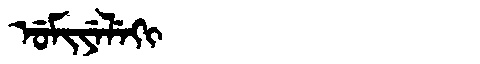
Manchu: ᡠᠮᡳᠶᡝᠯᡝᡴᡳ
Romanization: UMIYELEKI